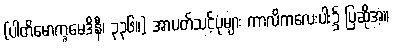
(ပါတိမောက္ခမေဒိနီ၊ ၃၃၆။) အာပတ်သင့်ပုံများ ကာလိကလေးပါး၌ ပြဆိုအံ့။